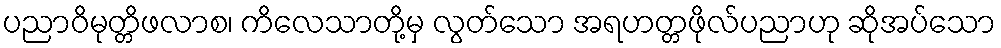
ပညာဝိမုတ္တိဖလာစ၊ ကိလေသာတို့မှ လွတ်သော အရဟတ္တဖိုလ်ပညာဟု ဆိုအပ်သော